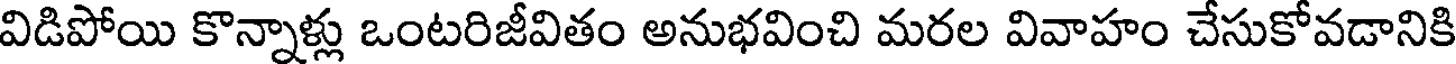
విడిపోయి కొన్నాళ్లు ఒంటరిజీవితం అనుభవించి మరల వివాహం చేసుకోవడానికి